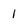
Character: l